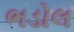
ભડોલ